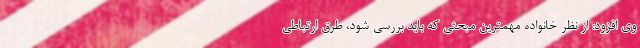
وی افزود: از نظر خانواده مهمترین مبحثی که باید بررسی شود، طرق ارتباطی